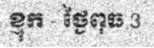
ខ្មុក - ថ្ងៃពុធ 3